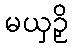
မယှဉှိ